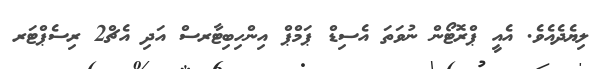
ލިޔެދެއެވެ. އެއީ ޕްރޮޓޯން ނުވަތަ އެސިޑް ޕަމްޕް އިންހިބިޓާރސް އަދި އެޗް2 ރިސެޕްޓަރ